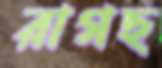
রাগছ